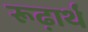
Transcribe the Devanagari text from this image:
रूढ़ार्थ